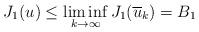
LaTeX: \begin{align*}J_{1}(u)\leq\liminf_{k\rightarrow\infty}J_{1}(\overline{u}_{k})=B_{1}\end{align*}